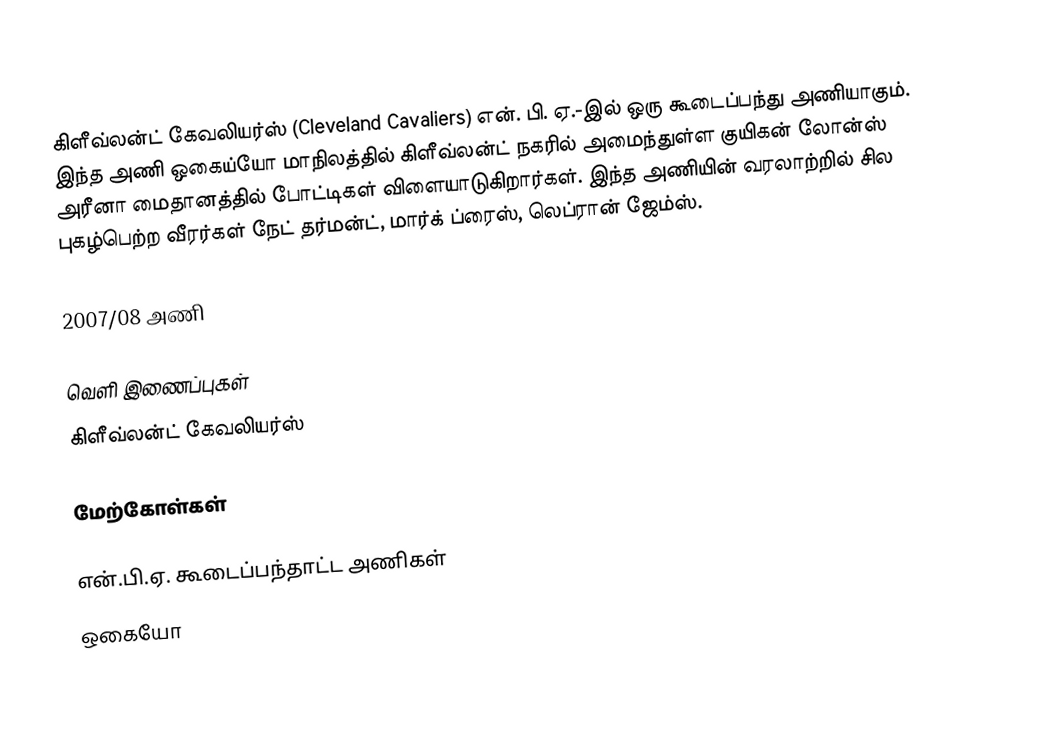
கிளீவ்லன்ட் கேவலியர்ஸ் (Cleveland Cavaliers) என். பி. ஏ.-இல் ஒரு கூடைப்பந்து அணியாகும். இந்த அணி ஒகைய்யோ மாநிலத்தில் கிளீவ்லன்ட் நகரில் அமைந்துள்ள  குயிகன் லோன்ஸ் அரீனா மைதானத்தில் போட்டிகள் விளையாடுகிறார்கள். இந்த அணியின் வரலாற்றில் சில புகழ்பெற்ற வீரர்கள் நேட் தர்மன்ட், மார்க் ப்ரைஸ், லெப்ரான் ஜேம்ஸ்.

2007/08 அணி

வெளி இணைப்புகள்
 கிளீவ்லன்ட் கேவலியர்ஸ்

மேற்கோள்கள்

என்.பி.ஏ. கூடைப்பந்தாட்ட அணிகள்
ஒகையோ